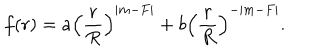
f ( r ) = a \left( \frac { r } { R } \right) ^ { | m - F | } + b \left( \frac { r } { R } \right) ^ { - | m - F | } .